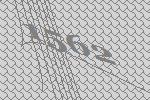
1562